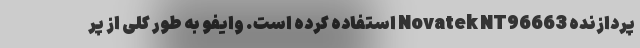
پردازنده Novatek NT96663 استفاده کرده است. وایفو به طور کلی از پر